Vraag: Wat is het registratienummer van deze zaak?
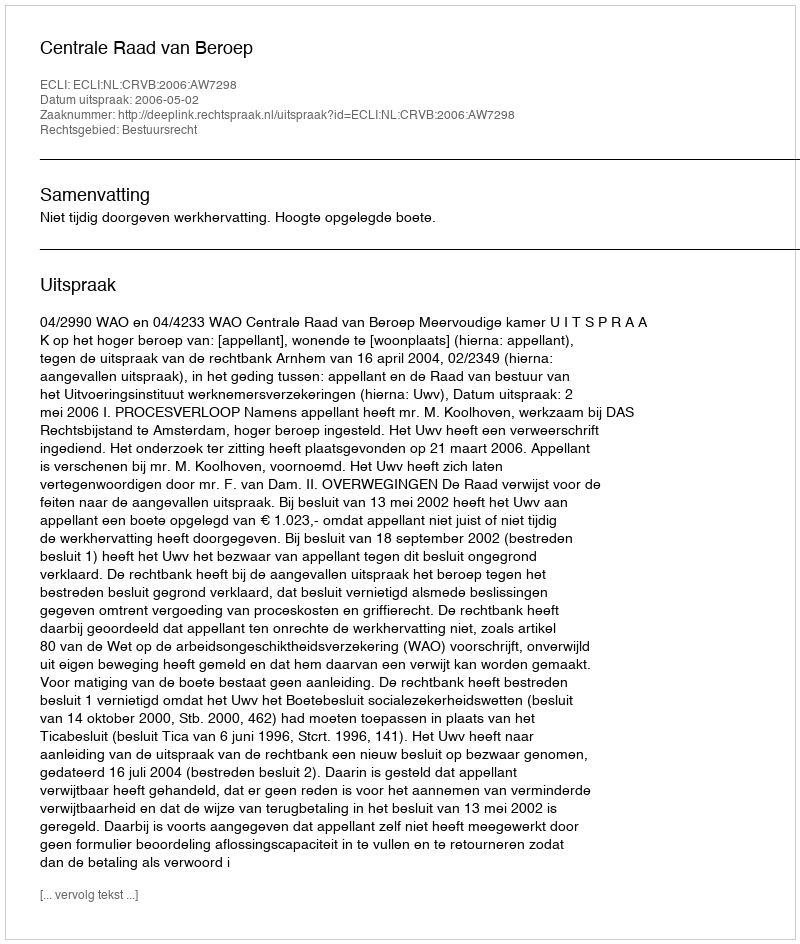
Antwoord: http://deeplink.rechtspraak.nl/uitspraak?id=ECLI:NL:CRVB:2006:AW7298